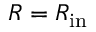
R = R _ { \mathrm { i n } }